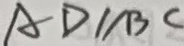
A D / / B C